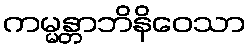
ကမ္မန္တာဘိနိဝေသာ